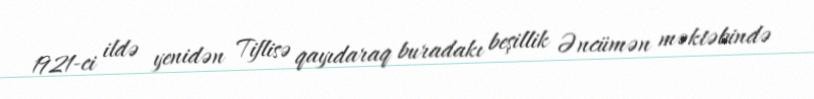
1921-ci ildə yenidən Tiflisə qayıdaraq buradakı beşillik Əncümən məktəbində